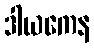
ဒါယကေန